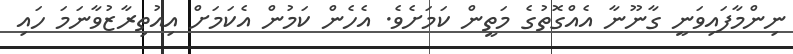
ނިންމާފައިވަނީ ގާނޫނާ އެއްގޮތުގެ މަތީން ކަމަށެވެ. އެހެން ކަމުން އެކަމަށް އިއުތިރާޒުވާނަމަ ހައި